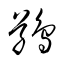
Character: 鴞